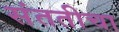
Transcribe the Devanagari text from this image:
संततीचा